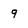
Character: 9